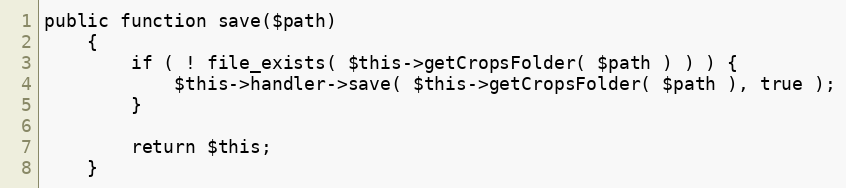
Language: PHP
public function save($path)
    {
        if ( ! file_exists( $this->getCropsFolder( $path ) ) ) {
            $this->handler->save( $this->getCropsFolder( $path ), true );
        }

        return $this;
    }